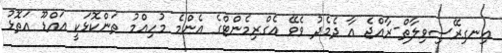
އިނގިރޭސިވިލާތް-ރާއްޖެ އާ ދެމެދު ވެވޭ އެގްރިމެންޓްގެ އެންމެ މުހިއްމު ތަންކޮޅަކީ އައްޑޫ އަތޮޅު